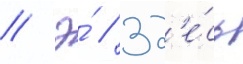
// Э́ // Зд'е́сь